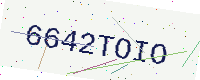
Text: 6642TOIO